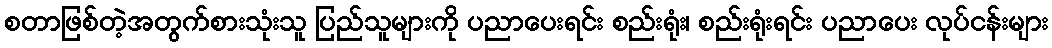
စတာဖြစ်တဲ့အတွက်စားသုံးသူ ပြည်သူများကို ပညာပေးရင်း စည်းရုံး၊ စည်းရုံးရင်း ပညာပေး လုပ်ငန်းများ